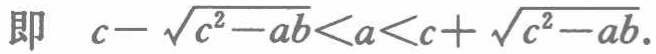
即 \(c - \sqrt{c^{2}-ab}<a<c + \sqrt{c^{2}-ab}\).